Sketch of the medical history of the native army of Bombay, for the year
Year: 1875
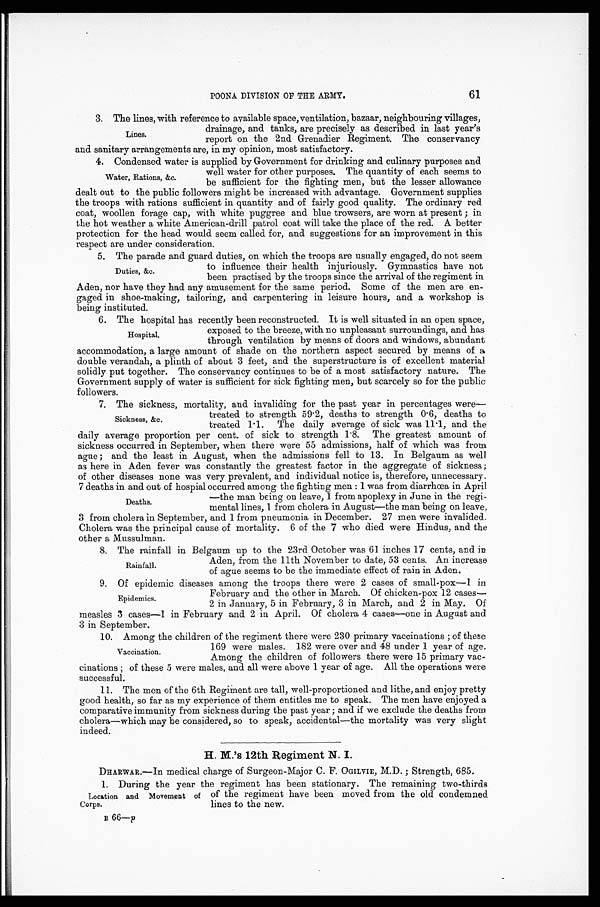
61
POONA DIVISION OF THE ARMY.
3 . T h e l i n e s , w i t h r e f e r e n c e t o a v a i l a b l e s p a c e , v e n t i l a t i o n , b a z a a r , n e i g h b o u r i n g v i l l a g e s ,
drainage, and tanks, are precisely as described in last year's
report on the 2nd Grenadier Regiment. The conservancy
and sanitary arrangements are, in my opinion, most satisfactory.
4. Condensed water is supplied by Government for drinking and culinary purposes and
well water for other purposes. The quantity of each seems to
be sufficient for the fighting men, but the lesser allowance
dealt out to the public followers might be increased with advantage. Government supplies
the troops with rations sufficient in quantity and of fairly good quality. The ordinary red
coat, woollen forage cap, with white puggree and blue trowsers, are worn at present; in
the hot weather a white American-drill patrol coat will take the place of the red. A better
protection for the head would seem called for, and suggestions for an improvement in this
respect are under consideration.
5. The parade and guard duties, on which the troops are usually engaged, do not seem
to influence their health injuriously. Gymnastics have not
been practised by the troops since the arrival of the regiment in
Aden, nor have they had any amusement for the same period. Some of the men are en
-
gaged in shoe-making, tailoring, and carpentering in leisure hours, and a workshop is
being instituted.
6. The hospital has recently been reconstructed. It is well situated in an open space,
exposed to the breeze, with no unpleasant surroundings, and has
through ventilation by means of doors and windows, abundant
accommodation, a large amount of shade on the northern aspect secured by means of a
double verandah, a plinth of about 3 feet, and the superstructure is of excellent material
solidly put together. The conservancy continues to be of a most satisfactory nature. The
Government supply of water is sufficient for sick fighting men, but scarcely so for the public
followers.
7. The sickness, mortality, and invaliding for the past year in percentages were
—
treated to strength 59.2, deaths to strength 0.6, deaths to
treated 1.1. The daily average of sick was 11.1, and the
daily average proportion per cent. of sick to strength 1.8. The greatest amount of
sickness occurred in September, when there were 55 admissions, half of which was from
ague; and the least in August, when the admissions fell to 13. In Belgaum as well
as here in Aden fever was constantly the greatest factor in the aggregate of sickness;
of other diseases none was very prevalent, and individual notice is, therefore, unnecessary.
7 deaths in and out of hospial occurred among the fighting men: 1 was from diarrhœa in April
—the man being on leave, 1 from apoplexy in June in the regi
-
mental lines, 1 from cholera in August—the man being on leave,
3 from cholera in September, and 1 from pneumonia in December. 27 men were invalided.
Cholera was the principal cause of mortality. 6 of the 7 who died were Hindus, and the
other a Mussulman.
8 . T h e r a i n f a l l i n B e l g a u m u p t o t h e 2 3 r d O c t o b e r w a s 6 1 i n c h e s 1 7 c e n t s , a n d i n
Aden, from the 11th November to date, 53 cents. An increase
of ague seems to be the immediate effect of rain in Aden.
9. Of epidemic diseases among the troops there were 2 cases of small-pox—1 in
February and the other in March. Of chicken-pox 12 cases
—
2 in January, 5 in February, 3 in March, and 2 in May. Of
measles 3 cases—1 in February and 2 in April. Of cholera 4 cases—one in August and
3 in September.
10. Among the children of the regiment there were 230 primary vaccinations; of these
169 were males. 182 were over and 48 under 1 year of age.
Among the children of followers there were 15 primary vac
-
cinations; of these 5 were males, and all were above 1 year of age. All the operations were
successful.
11. The men of the 6th Regiment are tall, well-proportioned and lithe, and enjoy pretty
good health, so far as my experience of them entitles me to speak. The men have enjoyed a
comparative immunity from sickness during the past year; and if we exclude the deaths from
cholera—which may be considered, so to speak, accidental—the mortality was very slight
indeed.
H. M.'s 12th Regiment N. I.
DHARWAR.—In medical charge of Surgeon-Major C. F. OGILVIE, M.D.; Strength, 685.
1. During the year the regiment has been stationary. The remaining two-thirds
of the regiment have been moved from the old condemned
lines to the new.
B 66—p
Lines.
Water, Rations, &c.
Duties, &c.
Hospital.
Sickness, &c.
Deaths.
Rainfall.
Epidemics.
Vaccination.
Location and Movement of
Corps.